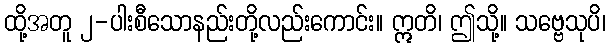
ထို့အတူ ၂-ပါးစီသောနည်းတို့လည်းကောင်း။ ဣတိ၊ ဤသို့။ သဗ္ဗေသုပိ၊